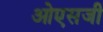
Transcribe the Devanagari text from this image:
ओएसजी